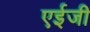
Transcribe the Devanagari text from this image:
एईजी